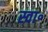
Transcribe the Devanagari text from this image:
स्वा॰